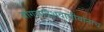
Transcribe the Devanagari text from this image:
बांगलादेशवासीयांनाच